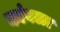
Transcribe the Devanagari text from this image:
कांबळा